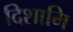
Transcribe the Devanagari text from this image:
दिशामि